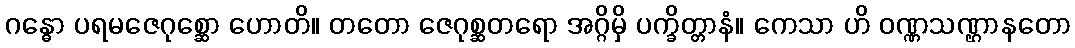
ဂန္ဓော ပရမဇေဂုစ္ဆော ဟောတိ။ တတော ဇေဂုစ္ဆတရော အဂ္ဂိမှိ ပက္ခိတ္တာနံ။ ကေသာ ဟိ ဝဏ္ဏသဏ္ဌာနတော